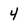
Character: 4